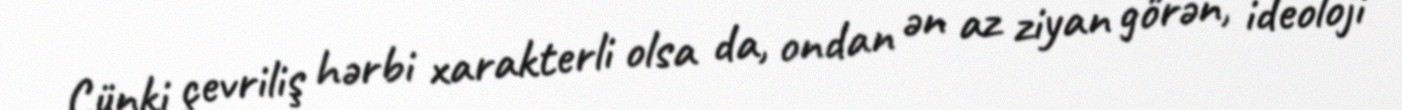
Çünki çevriliş hərbi xarakterli olsa da, ondan ən az ziyan görən, ideoloji